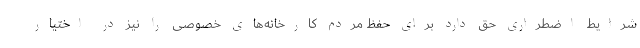
شرایط اضطراری حق دارد برای حفظ مردم کارخانه‌های خصوصی را نیز در اختیار